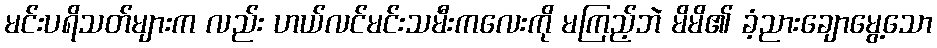
မင်းပရိသတ်များက လည်း ဟယ်လင်မင်းသမီးကလေးကို မကြည့်ဘဲ မိမိ၏ ခံ့ညားချောမွေ့သော